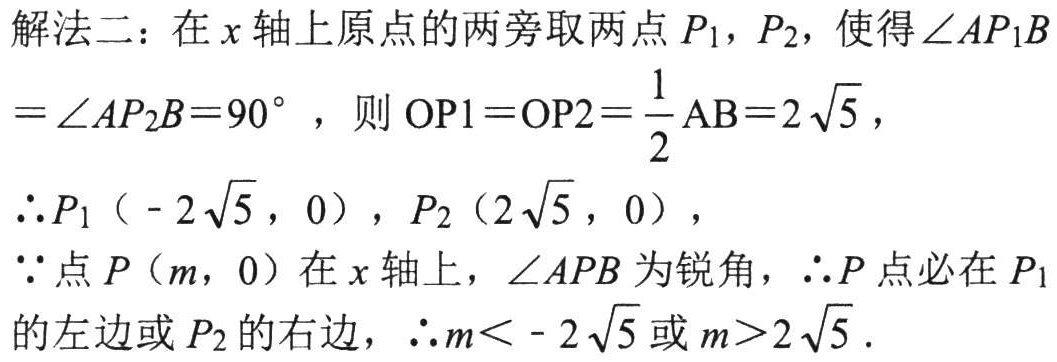
解法二：在\(x\)轴上原点的两旁取两点\(P_1\)，\(P_2\)，使得\(\angle AP_1B\)

\(=\angle AP_2B = 90^{\circ}\)，则\(OP1 = OP2=\dfrac{1}{2}AB = 2\sqrt{5}\)，

\(\therefore P_1(-2\sqrt{5},0)\)，\(P_2(2\sqrt{5},0)\)，

\(\because\)点\(P(m,0)\)在\(x\)轴上，\(\angle APB\)为锐角，\(\therefore P\)点必在\(P_1\)

的左边或\(P_2\)的右边，\(\therefore m < - 2\sqrt{5}\)或\(m > 2\sqrt{5}\)．